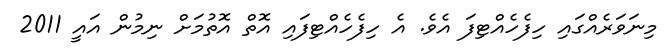
މިނަވަރެއްގައި ހިފެހެއްޓިފަ އެވެ. އެ ހިފެހެއްޓިފައި އޮތް އޮތުމަށް ނިމުން އައީ 2011